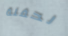
لحفلة